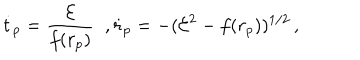
\dot { t } _ { p } = \frac { \cal E } { f ( r _ { p } ) } \; \; , \dot { r } _ { p } = - ( { \cal E } ^ { 2 } - f ( r _ { p } ) ) ^ { 1 / 2 } \, ,